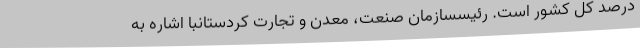
درصد کل کشور است. رئیسسازمان صنعت، معدن و تجارت کردستانبا اشاره به